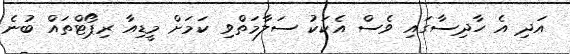
އަދި އެ ހާދިސާގައި ވެސް އެކަކު ސަލާމަތްވި ކަމަށް މީޑިއާ ރިޕޯޓްތައް ބުނެ